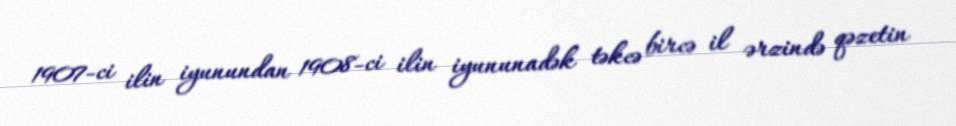
1907-ci ilin iyunundan 1908-ci ilin iyununadək təkcə bircə il ərzində qəzetin